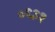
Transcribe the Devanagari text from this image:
०६३१